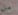
من